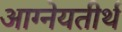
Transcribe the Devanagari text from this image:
आग्नेयतीर्थ